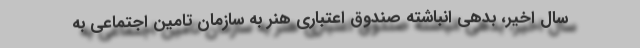
سال اخیر، بدهی انباشته صندوق اعتباری هنر به سازمان تامین اجتماعی به